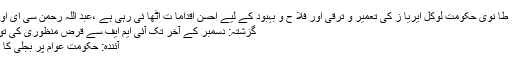
یہ بھی پڑھیں بر طا نوی حکومت لوکل ایریا ز کی تعمیر و ترقی اور فلا ح و بہبود کے لیے احسن اقداما ت اٹھا ئی رہی ہے ،عبد اللہ رحمن سی ای او با لسل ہیتھ فورم
گزشتہ: دسمبر کے آخر تک آئی ایم ایف سے قرض منظوری کی توقع ہے: اسد عمر
آئندہ: حکومت عوام پر بجلی کا بم گرانےکو تیار